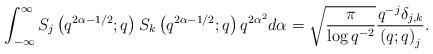
LaTeX: \begin{align*}\int_{-\infty}^{\infty}S_{j}\left(q^{2\alpha-1/2};q\right)S_{k}\left(q^{2\alpha-1/2};q\right)q^{2\alpha^{2}}d\alpha=\sqrt{\frac{\pi}{\log q^{-2}}}\frac{q^{-j}\delta_{j,k}}{\left(q;q\right)_{j}}.\end{align*}